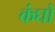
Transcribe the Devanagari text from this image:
कंघों